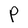
Character: P